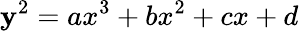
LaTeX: \mathbf{y}^{2}=ax^{3}+bx^{2}+cx+d